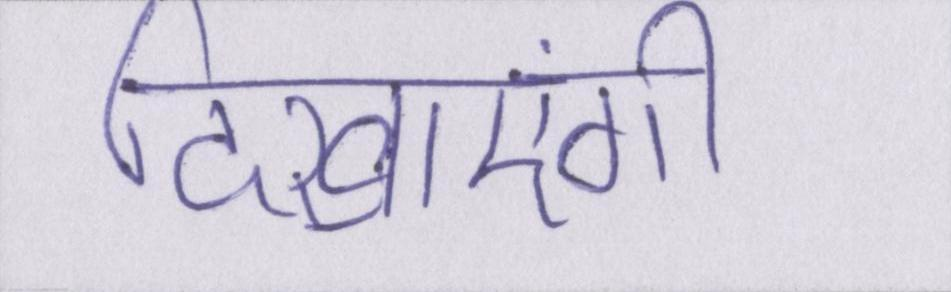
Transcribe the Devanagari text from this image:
दिखाएंगी